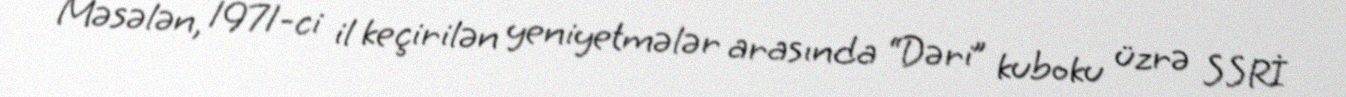
Məsələn, 1971-ci il keçirilən yeniyetmələr arasında “Dəri” kuboku üzrə SSRİ